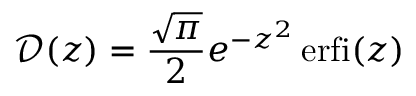
\mathcal D ( z ) = \frac { \sqrt \pi } { 2 } e ^ { - z ^ { 2 } } \operatorname { e r f i } ( z )